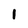
Character: 1